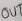
Text: OUT